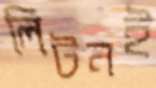
লিটনই